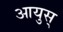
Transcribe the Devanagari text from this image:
आयुस्‌